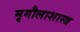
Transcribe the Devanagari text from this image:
मृगौलाशास्त्र